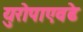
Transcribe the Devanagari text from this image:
युरोपाएवढे